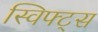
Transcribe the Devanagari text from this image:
स्विफ्ट्स